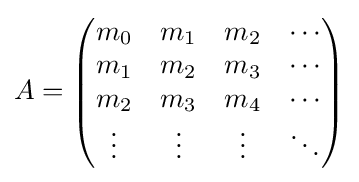
A=\left({\begin{matrix}m_{0}&m_{1}&m_{2}&\cdots \\m_{1}&m_{2}&m_{3}&\cdots \\m_{2}&m_{3}&m_{4}&\cdots \\\vdots &\vdots &\vdots &\ddots \end{matrix}}\right)